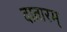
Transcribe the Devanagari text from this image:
दातारम्